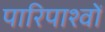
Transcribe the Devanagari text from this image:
पारिपाश्वों